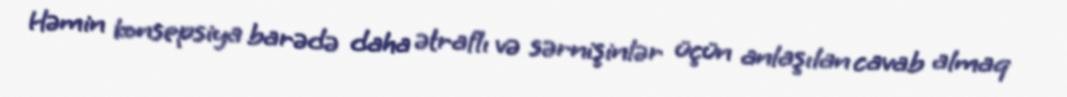
Həmin konsepsiya barədə daha ətraflı və sərnişinlər üçün anlaşılan cavab almaq